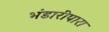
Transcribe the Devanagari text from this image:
भंडारीपारा